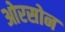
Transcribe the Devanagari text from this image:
ओरसोन